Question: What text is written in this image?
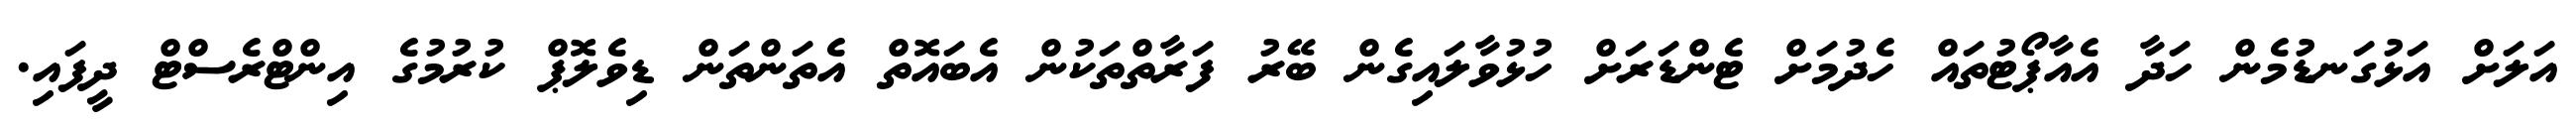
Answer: އަލަށް އަޅުގަނޑުމެން ހަދާ އެއާޕޯޓުތައް ހެދުމަށް ޓެންޑަރަށް ހުޅުވާލައިގެން ބޭރު ފަރާތްތަކުން އެބައޮތް އެތަންތަން ޑިވެލޮޕް ކުރުމުގެ އިންޓްރެސްޓް ދީފައި.